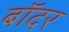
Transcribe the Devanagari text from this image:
बॉदर